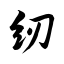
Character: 纫